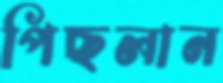
পিছলান